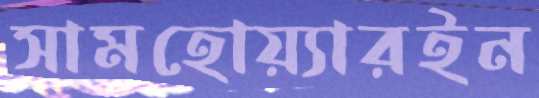
সামহোয়্যারইন